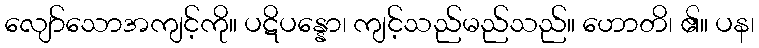
လျော်သောအကျင့်ကို။ ပဋိပန္နော၊ ကျင့်သည်မည်သည်။ ဟောတိ၊ ၏။ ပန၊